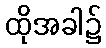
ထိုအခါ၌